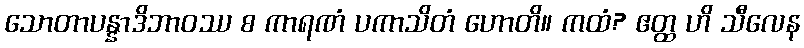
သောတာပန္နာဒိဘာဝဿ စ ကာရဏံ ပကာသိတံ ဟောတိ။ ကထံ? ဧတ္ထ ဟိ သီလေန